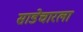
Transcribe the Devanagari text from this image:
साडेचारला